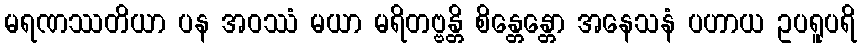
မရဏဿတိယာ ပန အဝဿံ မယာ မရိတဗ္ဗန္တိ စိန္တေန္တော အနေသနံ ပဟာယ ဥပရူပရိ